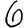
Digit: 6